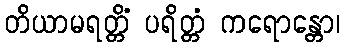
တိယာမရတ္တိံ ပရိတ္တံ ကရောန္တော၊